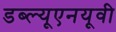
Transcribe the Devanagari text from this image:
डब्ल्यूएनयूवी